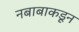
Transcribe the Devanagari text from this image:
नबाबाकडून